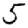
Digit: 5